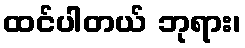
ထင်ပါတယ် ဘုရား၊